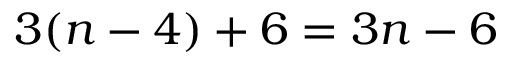
3 ( n - 4 ) + 6 = 3 n - 6